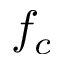
f _ { c }